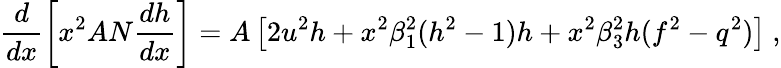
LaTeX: \frac d{dx}\left[x^{2}AN\frac{dh}{dx}\right]=A\left[2u^{2}h+x^{2}\beta_{1}^{2}(h^{2}-1)h+{x^{2}\beta_{3}^{2}}h(f^{2}-q^{2})\right]\ ,